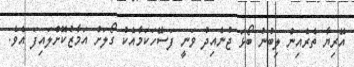
އޭރިޔާ ތެރެއިން ލިބުނު ބޯޅަ ޖުނެއިދު ވަނީ ފަސޭހަކަމާއެކު ގޯލަށް އަމާޒުކޮށްލައިފަ އެވެ.